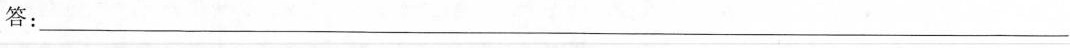
答：___